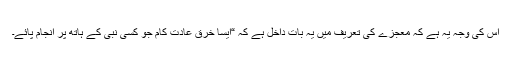
اس کی وجہ یہ ہے کہ معجزے کی تعریف میں یہ بات داخل ہے کہ “ایسا خرق عادت کام جو کسی نبی کے ہاتھ پر انجام پائے۔